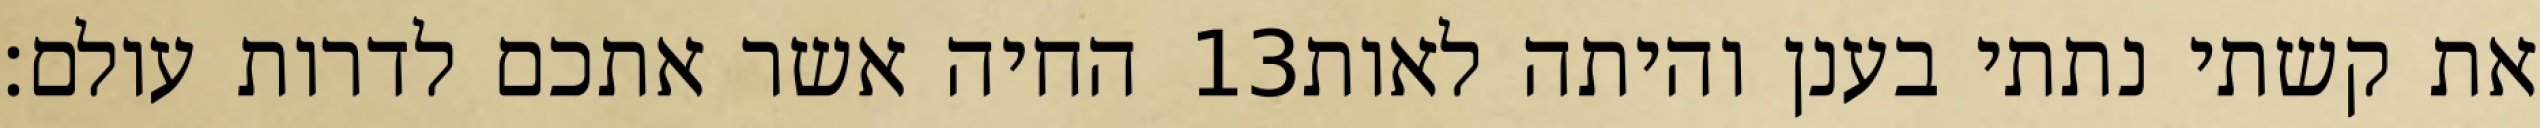
החיה אשר אתכם לדרות עולם׃ ‎13‏ את קשתי נתתי בענן והיתה לאות